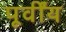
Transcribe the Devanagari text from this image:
पूर्वींय